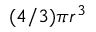
( 4 / 3 ) \pi r ^ { 3 }